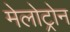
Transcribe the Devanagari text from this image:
मेलोट्रोन